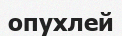
опухлей